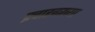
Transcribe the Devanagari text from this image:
प्रचारकाच्या